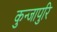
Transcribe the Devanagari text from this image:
कुन्जापुरि